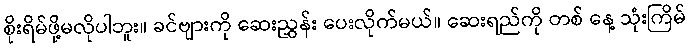
စိုးရိမ်ဖို့မလိုပါဘူး။ ခင်ဗျားကို ဆေးညွှန်း ပေးလိုက်မယ်။ ဆေးရည်ကို တစ် နေ့ သုံးကြိမ်